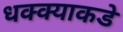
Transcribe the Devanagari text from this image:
धक्क्याकडे